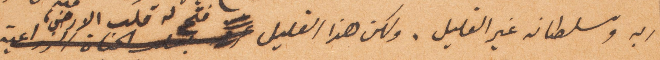
ربه وسلطانه غير القليل. ولكن هذا القليل فتح له قلب الأرض